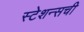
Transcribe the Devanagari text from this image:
स्टेशन्सची